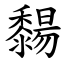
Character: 䵘